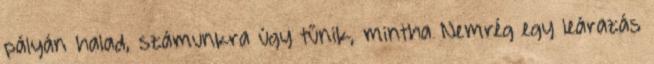
pályán halad, számunkra úgy tűnik, mintha Nemrég egy leárazás